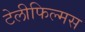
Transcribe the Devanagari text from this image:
टेलीफिल्मस